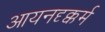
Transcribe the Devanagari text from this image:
आयनदृक्कर्म